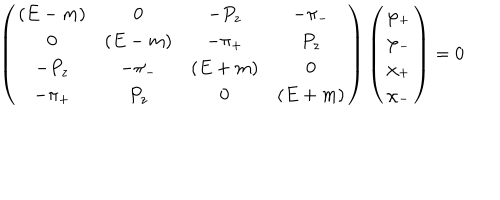
LaTeX: \left( \begin{array} { c c c c } { { ( E - m ) } } & { { 0 } } & { { - P _ { z } } } & { { - \pi _ { - } } } \\ { { 0 } } & { { ( E - m ) } } & { { - \pi _ { + } } } & { { P _ { z } } } \\ { { - P _ { z } } } & { { - \pi _ { - } } } & { { ( E + m ) } } & { { 0 } } \\ { { - \pi _ { + } } } & { { P _ { z } } } & { { 0 } } & { { ( E + m ) } } \\ \end{array} \right) \left( \begin{array} { c } { { \varphi _ { + } } } \\ { { \varphi _ { - } } } \\ { { \chi _ { + } } } \\ { { \chi _ { - } } } \\ \end{array} \right) = 0